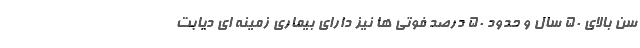
سن بالای ۵۰ سال و حدود ۵۰ درصد فوتی ها نیز دارای بیماری زمینه ای دیابت